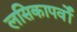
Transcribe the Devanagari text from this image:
लसिकापर्वों